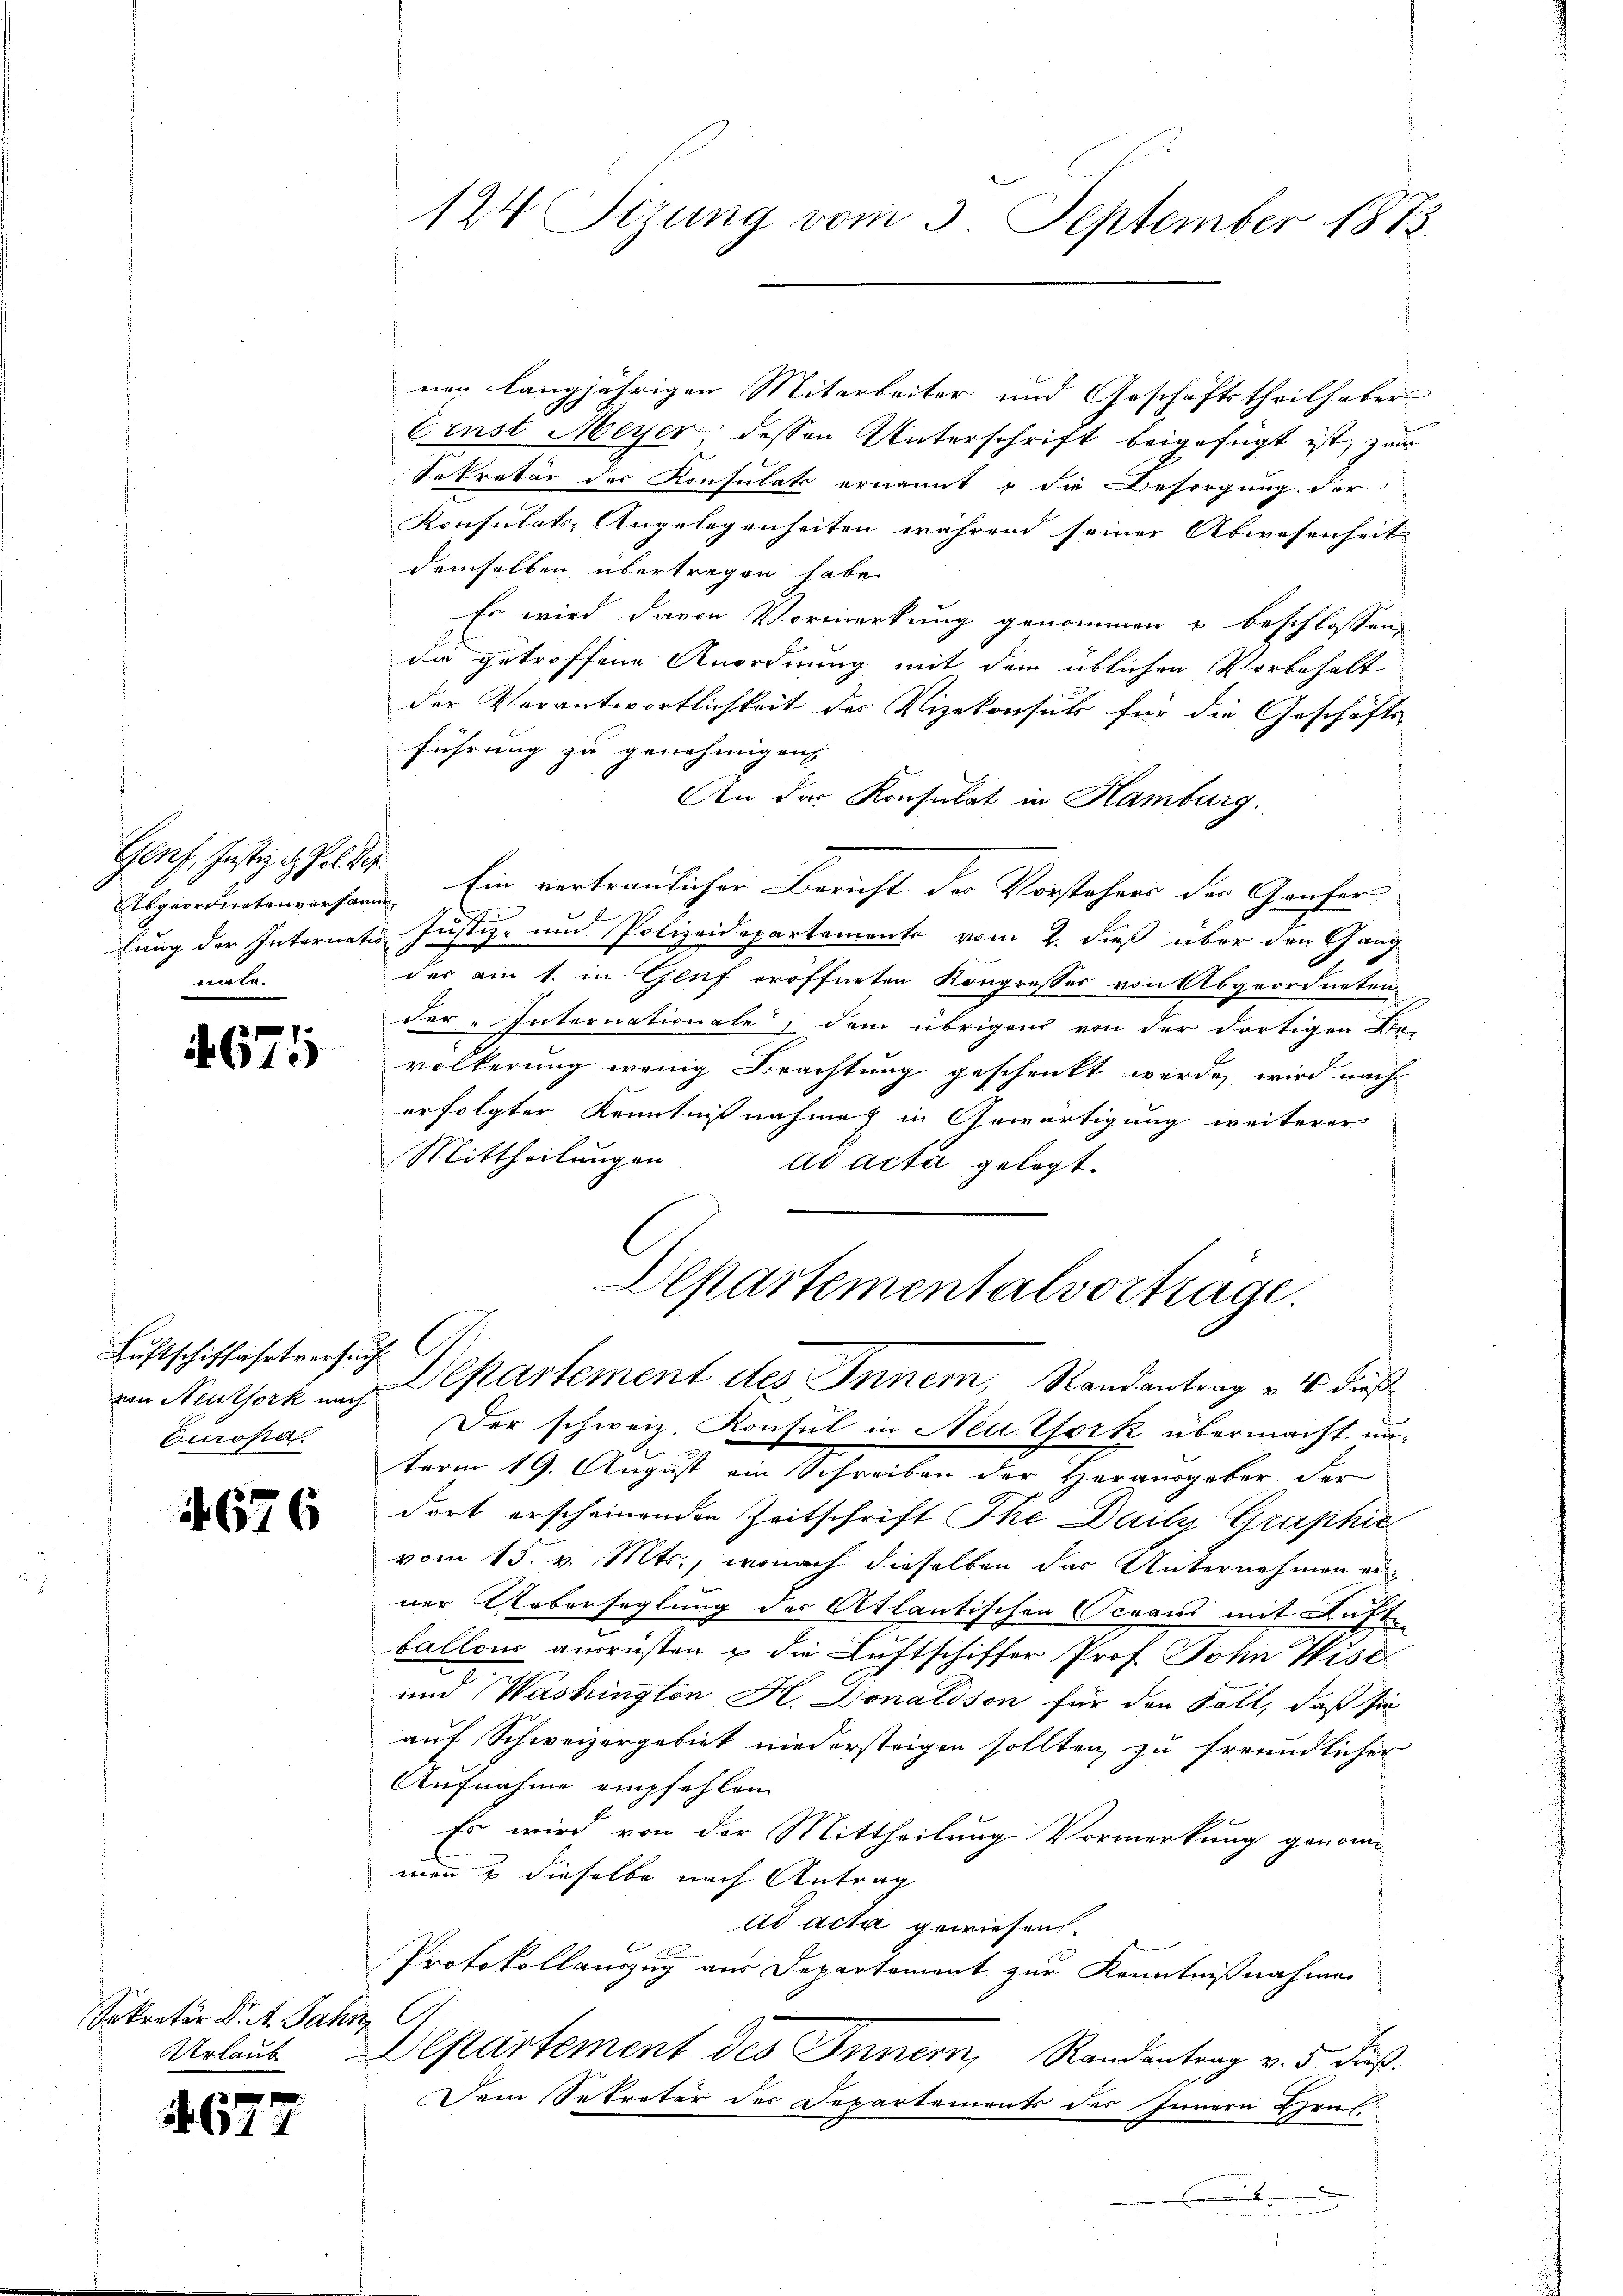
Genf, Justiz & Pol der
Abgeordnetenversann
dung der Internatio
nnte.

4675

Luftschiffahrtversucht
von Neutfork nach
Europa

676

Sekretär Dr. 4. Jahn,
Urlaub

677

124. Sizung vom 3. September 1873.

nen langjährigen Mitarbeiter und Geschäftstheilhaber
Einst Meyer, dessen Unterschrift beigefügt ist, zum
Sekretär der Konsulats ernannt & die Besorgung der
Konsulats Angelegenheiten während seiner Abwesenheit
demselben übertragen habe.
Es wird davon Vormerkung genommen u beschlossene
die getroffend Anordnung mit dem üblichen Vorbehalt
der Verantwortlichkeit der Vizekonsuls für die Geschäfts-
führung zu genehmigen. |
An das Konsulat in Hamburg.
Ein vertraulichen Bericht der Vorstehers der Genfer
f
Justiz- und Polizeidepartements vom 2. dieß über den Gang
der am 1. in Gluf eröffneten Kongresser von Abgeordneten
der „Internationale, dem übrigen von der dortigen Be-
völkerung wenig Beachtung geschenkt werde, wird nach
erfolgter Kenntnisnahme in Gewärtigung weiterer
Mittheilungen
ad acta gelegt
Departementalvorträge.
Departement des Inner, Randantrag v. 4. dieß¬
Der schweiz. Kontul in Neu York übermacht unterm 19. August ein Schreiben der Herausgeber der
dort erscheinenden Zeitschrift The Daily Graphie
vom 15. v. Mts., wonach dieselben das Unternehmen erner Ueberseglung des Atlantischen Seraus mit Auft
ballon ausrüsten u die Luftschiffer Prof. Sohn Wiser
und Washington H. Donaldson für den Fall, daß sie
auf Schweizergebiet niedersteigen sollten zu freundlicher
Aufnahme empfehlen
Es wird von der Mittheilung Vormerkung genommann & dieselbe nach Antrag
ad acta gewiesen.
Protokollauszug aus Departement zur Kenntnißnahme
A
Departement des Innern, Randantrag v. 5. Fuß.
Dein Sekretär der Departements des Innern Bruf.
.